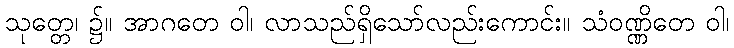
သုတ္တေ၊ ၌။ အာဂတေ ဝါ၊ လာသည်ရှိသော်လည်းကောင်း။ သံဝဏ္ဏိတေ ဝါ၊